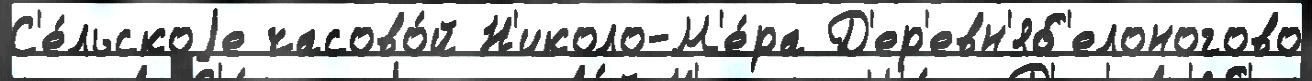
С'е́льскоjе часово́й Н'иколо-М'е́ра Д'ер'евн'яб'елоногово